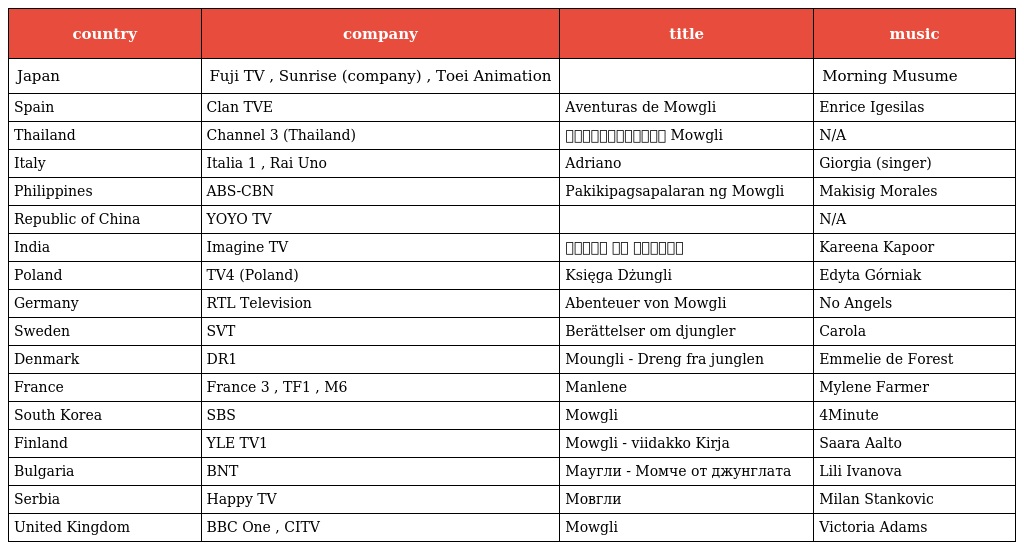
| country | company | title | music |
 | --- | --- | --- | --- |
 | Japan | Fuji TV , Sunrise (company) , Toei Animation | ハーロック | Morning Musume |
 | Spain | Clan TVE | Aventuras de Mowgli | Enrice Igesilas |
 | Thailand | Channel 3 (Thailand) | การผจญภัยของ Mowgli | N/A |
 | Italy | Italia 1 , Rai Uno | Adriano | Giorgia (singer) |
 | Philippines | ABS-CBN | Pakikipagsapalaran ng Mowgli | Makisig Morales |
 | Republic of China | YOYO TV | 冒險無忌 | N/A |
 | India | Imagine TV | मोगली की साहसिक | Kareena Kapoor |
 | Poland | TV4 (Poland) | Księga Dżungli | Edyta Górniak |
 | Germany | RTL Television | Abenteuer von Mowgli | No Angels |
 | Sweden | SVT | Berättelser om djungler | Carola |
 | Denmark | DR1 | Moungli - Dreng fra junglen | Emmelie de Forest |
 | France | France 3 , TF1 , M6 | Manlene | Mylene Farmer |
 | South Korea | SBS | Mowgli의 모험 | 4Minute |
 | Finland | YLE TV1 | Mowgli - viidakko Kirja | Saara Aalto |
 | Bulgaria | BNT | Маугли - Момче от джунглата | Lili Ivanova |
 | Serbia | Happy TV | Мовгли | Milan Stankovic |
 | United Kingdom | BBC One , CITV | Mowgli | Victoria Adams |